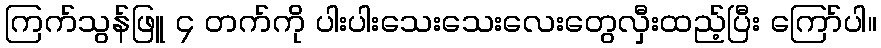
ကြက်သွန်ဖြူ ၄ တက်ကို ပါးပါးသေးသေးလေးတွေလှီးထည့်ပြီး ကြော်ပါ။